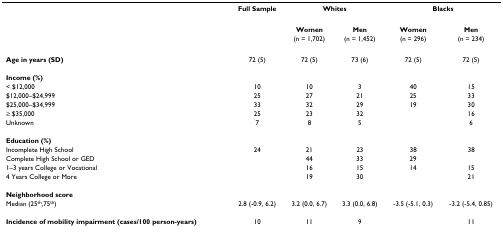
<table><thead><tr><td>[EMPTY_CELL]</td><td><b>Full Sample</b></td><td colspan="2"><b>Whites</b></td><td colspan="2"><b>Blacks</b></td></tr></thead><tbody><tr><td>[EMPTY_CELL]</td><td>[EMPTY_CELL]</td><td><b>Women</b></td><td><b>Men</b></td><td><b>Women</b></td><td><b>Men</b></td></tr><tr><td>[EMPTY_CELL]</td><td>[EMPTY_CELL]</td><td>(n = 1,702)</td><td>(n = 1,452)</td><td>(n = 296)</td><td>(n = 234)</td></tr><tr><td><b>Age in years (SD)</b></td><td>72 (5)</td><td>72 (5)</td><td>73 (6)</td><td>72 (5)</td><td>72 (5)</td></tr><tr><td><b>Income (%)</b></td><td>[EMPTY_CELL]</td><td>[EMPTY_CELL]</td><td>[EMPTY_CELL]</td><td>[EMPTY_CELL]</td><td>[EMPTY_CELL]</td></tr><tr><td>&lt; $12,000</td><td>10</td><td>10</td><td>3</td><td>40</td><td>15</td></tr><tr><td>$12,000–$24,999</td><td>25</td><td>27</td><td>21</td><td>25</td><td>33</td></tr><tr><td>$25,000–$34,999</td><td>33</td><td>32</td><td>29</td><td>19</td><td>30</td></tr><tr><td>≥ $35,000</td><td>25</td><td>23</td><td>32</td><td>[EMPTY_CELL]</td><td>16</td></tr><tr><td>Unknown</td><td>7</td><td>8</td><td>5</td><td>[EMPTY_CELL]</td><td>6</td></tr><tr><td><b>Education (%)</b></td><td>[EMPTY_CELL]</td><td>[EMPTY_CELL]</td><td>[EMPTY_CELL]</td><td>[EMPTY_CELL]</td><td>[EMPTY_CELL]</td></tr><tr><td>Incomplete High School</td><td>24</td><td>21</td><td>23</td><td>38</td><td>38</td></tr><tr><td>Complete High School or GED</td><td>[EMPTY_CELL]</td><td>44</td><td>33</td><td>29</td><td>[EMPTY_CELL]</td></tr><tr><td>1–3 years College or Vocational</td><td>[EMPTY_CELL]</td><td>16</td><td>15</td><td>14</td><td>15</td></tr><tr><td>4 Years College or More</td><td>[EMPTY_CELL]</td><td>19</td><td>30</td><td>[EMPTY_CELL]</td><td>21</td></tr><tr><td><b>Neighborhood score</b></td><td>[EMPTY_CELL]</td><td>[EMPTY_CELL]</td><td>[EMPTY_CELL]</td><td>[EMPTY_CELL]</td><td>[EMPTY_CELL]</td></tr><tr><td>Median (25<sup>th</sup>,75<sup>th</sup>)</td><td>2.8 (-0.9, 6.2)</td><td>3.2 (0.0, 6.7)</td><td>3.3 (0.0, 6.8)</td><td>-3.5 (-5.1, 0.3)</td><td>-3.2 (-5.4, 0.85)</td></tr><tr><td><b>Incidence of mobility impairment (cases/100 person-years)</b></td><td>10</td><td>11</td><td>9</td><td>[EMPTY_CELL]</td><td>11</td></tr></tbody></table>